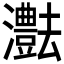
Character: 𤄝